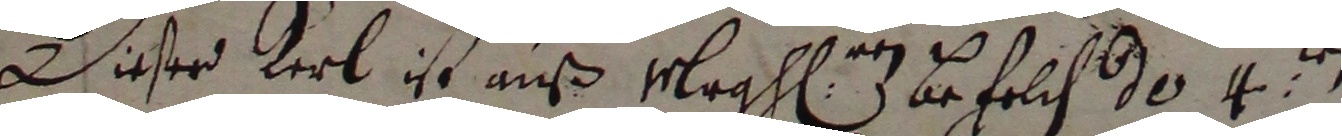
Dister kel ist auß vleghen z befelch 30 4